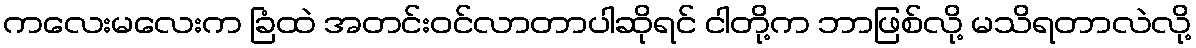
ကလေးမလေးက ခြံထဲ အတင်းဝင်လာတာပါဆိုရင် ငါတို့က ဘာဖြစ်လို့ မသိရတာလဲလို့